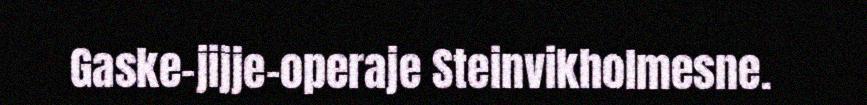
Gaske-jijje-operaje Steinvikholmesne.